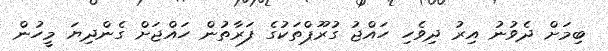
ބިމަށް ދެވުނު އިރު ދިވެހި ހައްޖު ގުރޫޕްތަކުގެ ފަރާތުން ހައްޖަށް ގެންދިޔަ މީހުން